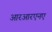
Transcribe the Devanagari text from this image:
आरआरएनए